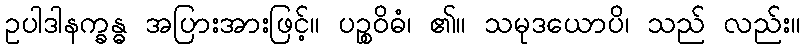
ဥပါဒါနက္ခန္ဓ အပြားအားဖြင့်။ ပဉ္စဝိဓံ၊ ၏။ သမုဒယောပိ၊ သည် လည်း။